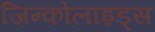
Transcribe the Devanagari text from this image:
जिन्कोलाइड्स